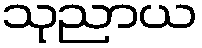
သုညာယ